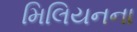
મિલિયનના